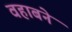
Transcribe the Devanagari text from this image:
वहाबने